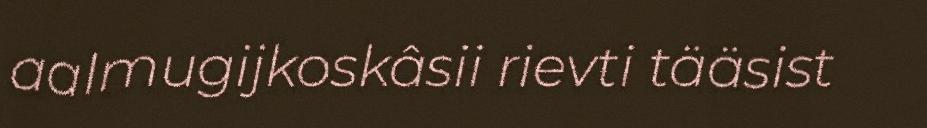
aalmugijkoskâsii rievti tääsist